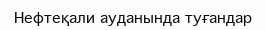
Нефтеқали ауданында туғандар